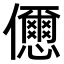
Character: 𠑓